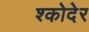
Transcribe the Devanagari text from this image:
श्कोदेर